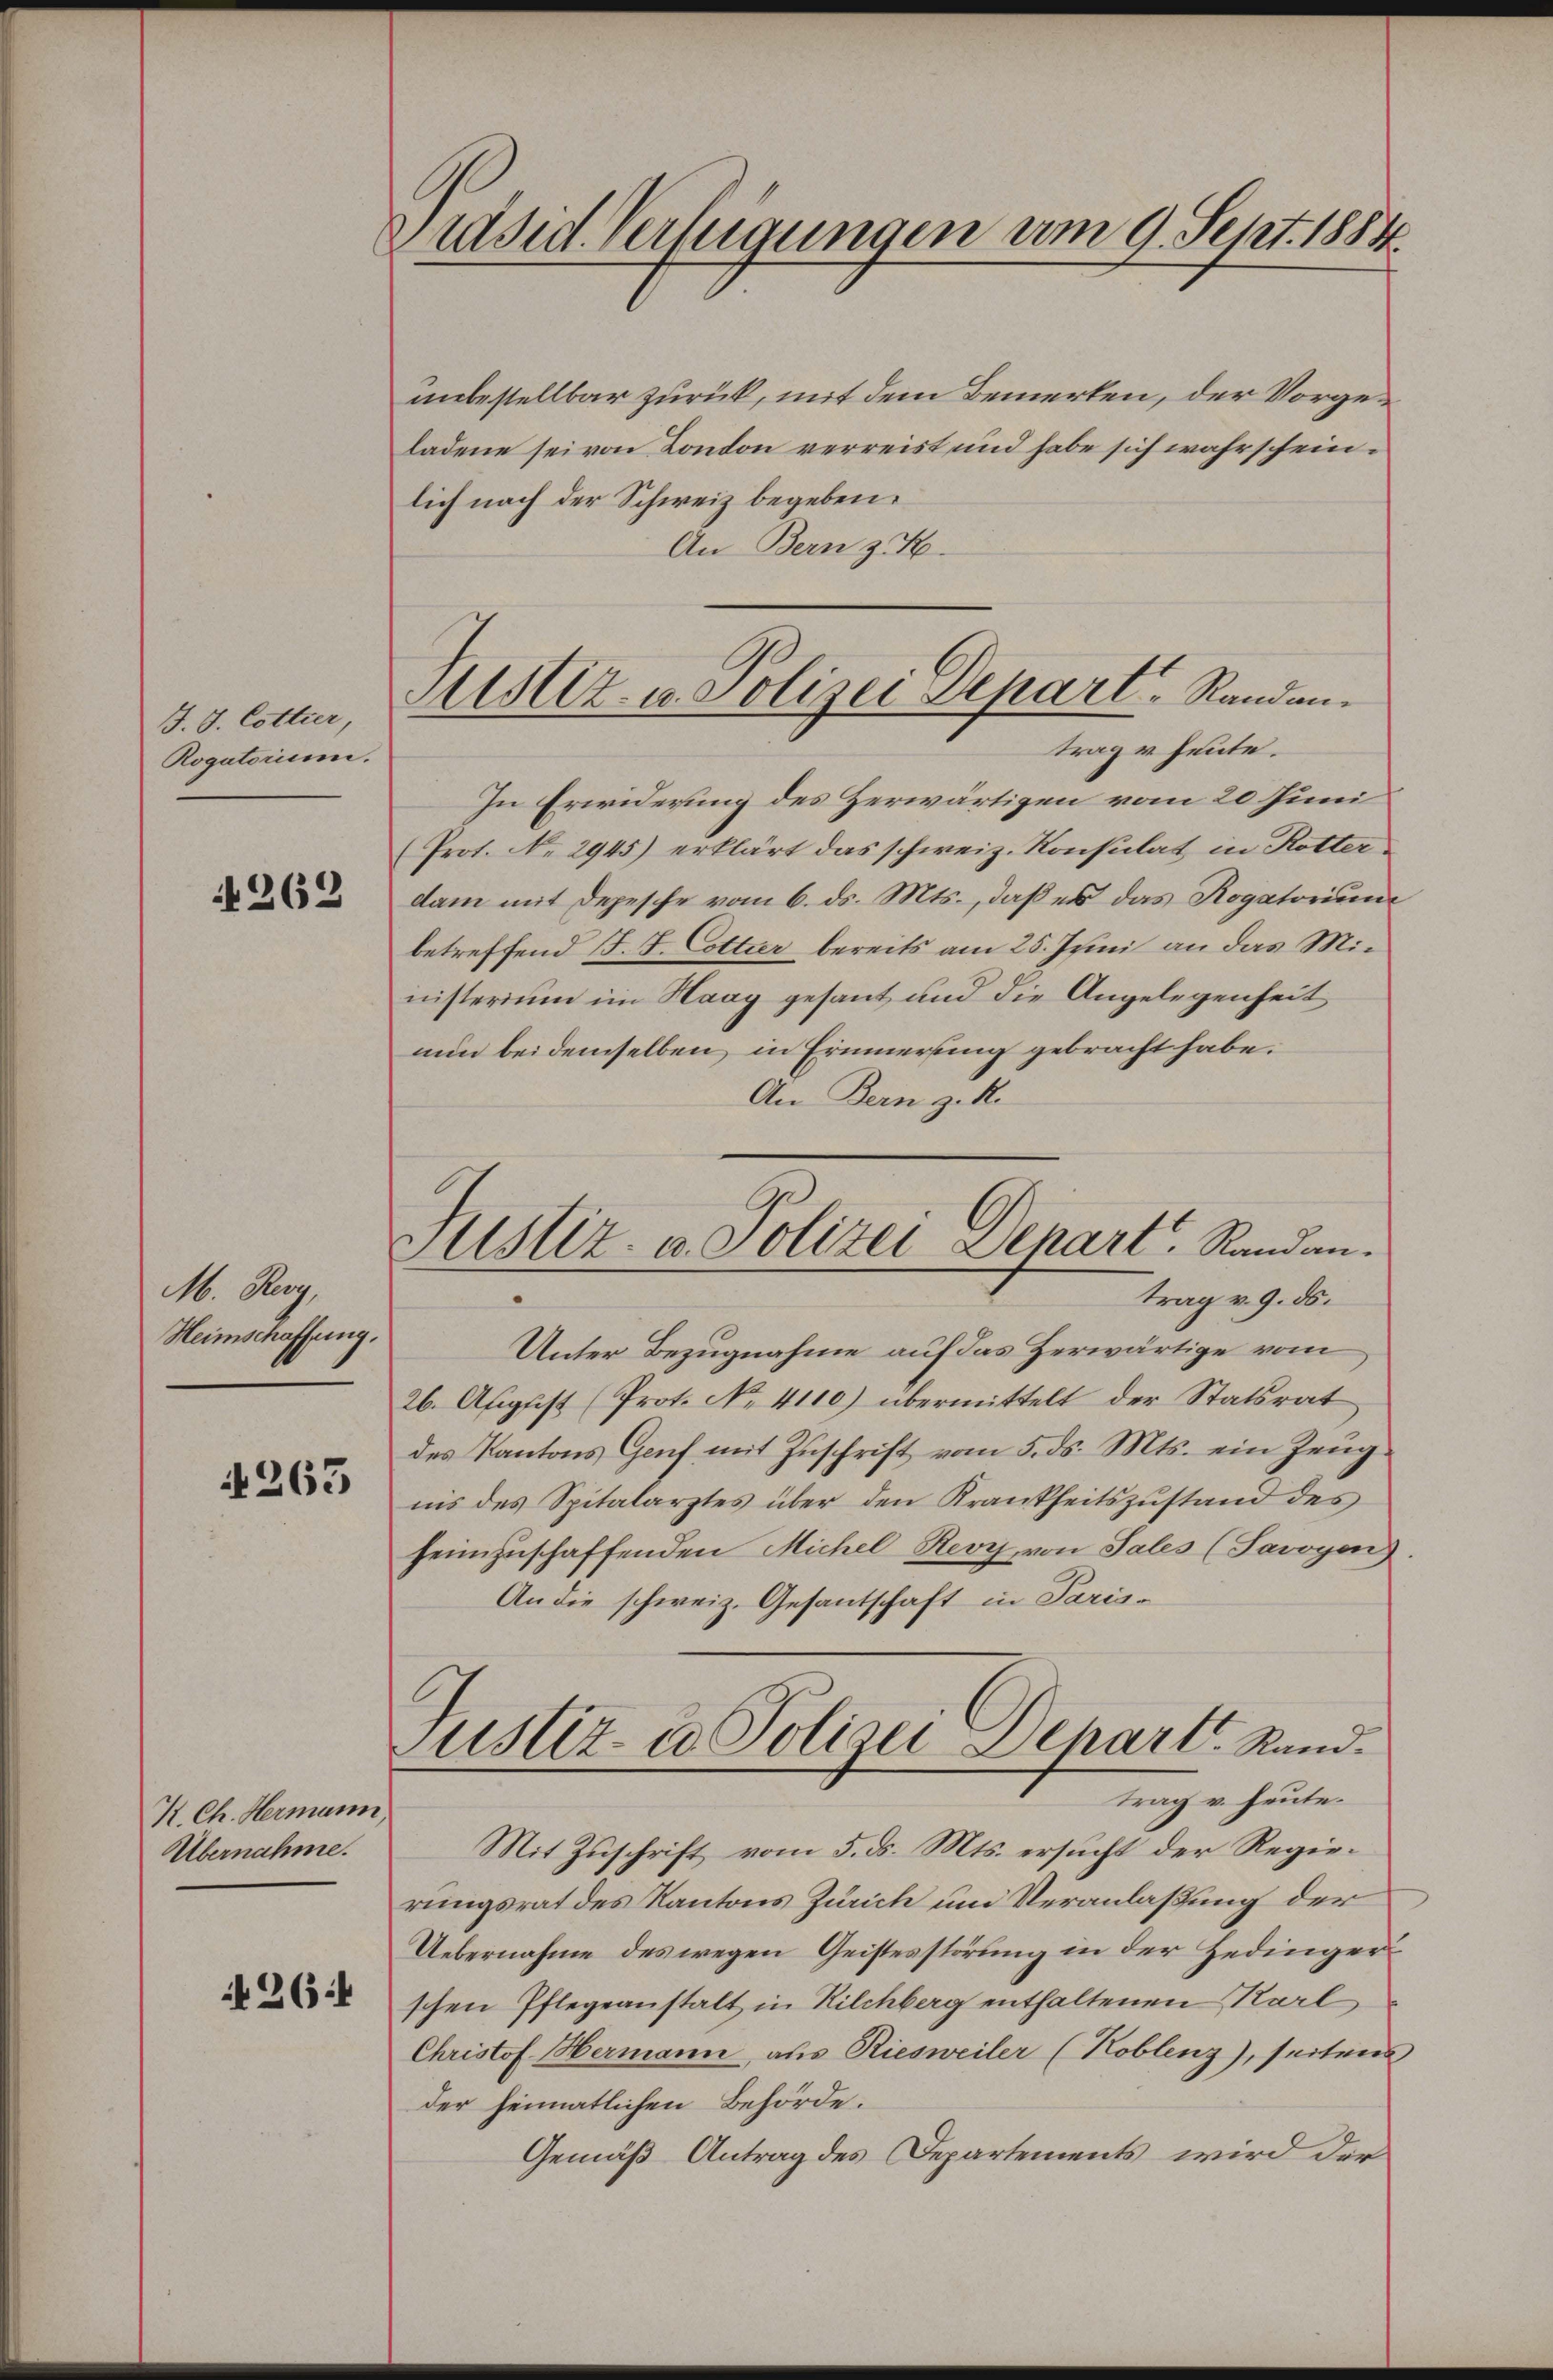
J. J. Cottier,
Rogatorium.

262

M. Rey,
Heimschaffung.

4263

K. Ch. Hermann
Übernahme.

26:

Präsid. Verfügungen am 9. Sept. 1884.

unbestellbar zurück, mit dem Bemerken, der Vorgeladene sei von London verreist und habe sich wahrscheinlich nach der Schweiz begeben.
An Bern z
trag u. heute.
In Erwiderung des Zerwärtigen vom 20 Juni
Prot. No 2945) erklärt das schweiz. Konsulat in Rotter
dam mit Depesche vom 6. ds. Mts., daß es das Rogatorium
betreffend J. J. Cottier bereits am 25. Junii an das Ministerium im Haag gesant und die Angelegenheit
nun bei demselben, in Erinnerung gebracht habe.
An Bern z. R.
trag v. 9. ds.
Unter Bezugnahme auf das Zerwärtige vom
26. August (Prot. No. 4110) übermittelt der Statsrat
des Kantons Genf mit Zuschrift vom 5. ds. Mts. ein Zeug
nis des Spitalarztes über den Krankheitszustand des
heimzuschaffenden Michel Revy, von Sales (Savoyen)
An die schweiz. Gesantschaft in Paris¬
Justiz- u Polizei Depart. Rand.
trag v. heute.
Mit Zuschrift vom 5. ds. Mts. ersucht der Regierungsrat des Kantons Zürich und Veranlaßung der
Uebernahme des wegen Geistesstörung in der Hedinger
schen Pflegeanstalt in Kilchberg enthaltenen Karl
Christof Hermann, aus Riesweiler (Koblenz), seitens
der heimatlichen Behörde.
Gemäß Antrag des Departements wird der

Mistiz- u. Polizei Depart. Randan¬

Justiz- u. Polizei Depart, Randan¬